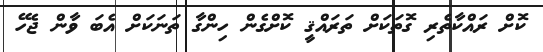
ކޮށް ރައްކާތެރި ގޮތަކަށް ތަރައްޤީ ކޮށްގެން ހިންގާ ތަނަކަށް އެބަ ވާން ޖެހޭ